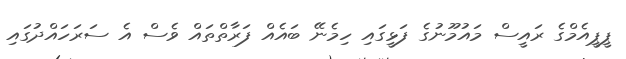
ޕީޕީއެމްގެ ރައީސް މައުމޫނުގެ ފަޅީގައި ހިމެނޭ ބައެއް ފަރާތްތައް ވެސް އެ ސަރަހައްދުގައި